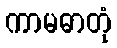
ကာမဓာတုံ